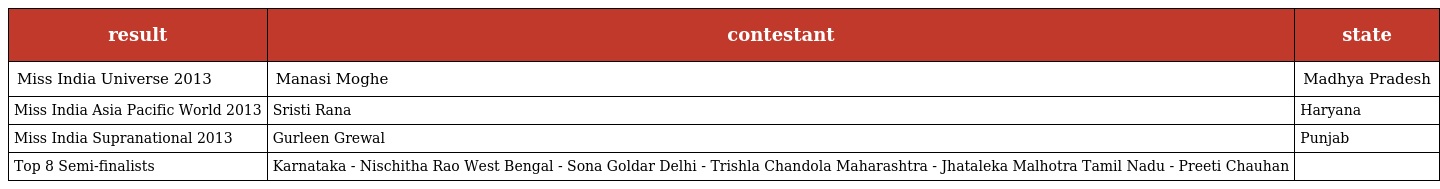
| result | contestant | state |
 | --- | --- | --- |
 | Miss India Universe 2013 | Manasi Moghe | Madhya Pradesh |
 | Miss India Asia Pacific World 2013 | Sristi Rana | Haryana |
 | Miss India Supranational 2013 | Gurleen Grewal | Punjab |
 | Top 8 Semi-finalists | Karnataka - Nischitha Rao West Bengal - Sona Goldar Delhi - Trishla Chandola Maharashtra - Jhataleka Malhotra Tamil Nadu - Preeti Chauhan |  |